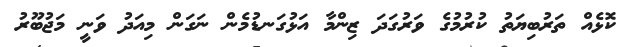
ކޮޅެއް ތަރުބިޔަތު ކުރުމުގެ ވަރުގަދަ ޒިންމާ އަޅުގަނޑުމެން ނަގަން މިއަދު ވަނީ މަޖުބޫރު